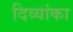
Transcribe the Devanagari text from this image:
दिव्यांका